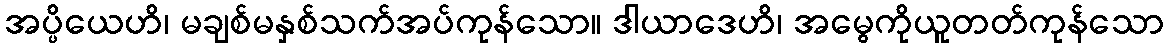
အပ္ပိယေဟိ၊ မချစ်မနှစ်သက်အပ်ကုန်သော။ ဒါယာဒေဟိ၊ အမွေကိုယူတတ်ကုန်သော